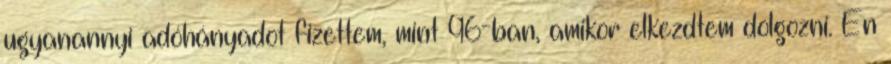
ugyanannyi adóhányadot fizettem, mint 96-ban, amikor elkezdtem dolgozni. Én